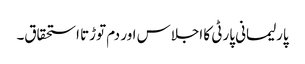
پارلیمانی پارٹی کا اجلاس اور دم توڑتا استحقاق۔